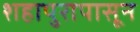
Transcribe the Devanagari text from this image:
शहापुरापासून